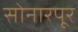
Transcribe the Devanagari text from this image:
सोनारपूर